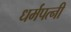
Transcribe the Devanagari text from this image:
धर्मपत्‍नी